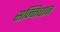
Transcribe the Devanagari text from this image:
सन्निधान